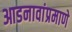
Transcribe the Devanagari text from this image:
आडनावांप्रमाणे